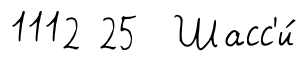
1112 25 Шасс'и́